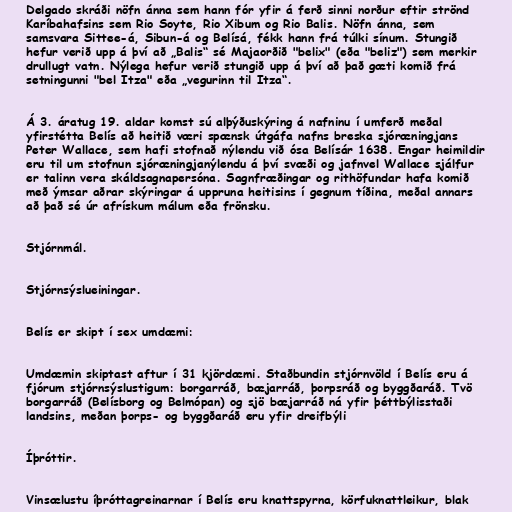
Delgado skráði nöfn ánna sem hann fór yfir á ferð sinni norður eftir strönd
Karíbahafsins sem Rio Soyte, Rio Xibum og Rio Balis. Nöfn ánna, sem
samsvara Sittee-á, Sibun-á og Belísá, fékk hann frá túlki sínum. Stungið
hefur verið upp á því að „Balis“ sé Majaorðið "belix" (eða "beliz") sem merkir
drullugt vatn. Nýlega hefur verið stungið upp á því að það gæti komið frá
setningunni "bel Itza" eða „vegurinn til Itza“.

Á 3. áratug 19. aldar komst sú alþýðuskýring á nafninu í umferð meðal
yfirstétta Belís að heitið væri spænsk útgáfa nafns breska sjóræningjans
Peter Wallace, sem hafi stofnað nýlendu við ósa Belísár 1638. Engar heimildir
eru til um stofnun sjóræningjanýlendu á því svæði og jafnvel Wallace sjálfur
er talinn vera skáldsagnapersóna. Sagnfræðingar og rithöfundar hafa komið
með ýmsar aðrar skýringar á uppruna heitisins í gegnum tíðina, meðal annars
að það sé úr afrískum málum eða frönsku.

Stjórnmál.

Stjórnsýslueiningar.

Belís er skipt í sex umdæmi:

Umdæmin skiptast aftur í 31 kjördæmi. Staðbundin stjórnvöld í Belís eru á
fjórum stjórnsýslustigum: borgarráð, bæjarráð, þorpsráð og byggðaráð. Tvö
borgarráð (Belísborg og Belmópan) og sjö bæjarráð ná yfir þéttbýlisstaði
landsins, meðan þorps- og byggðaráð eru yfir dreifbýli

Íþróttir.

Vinsælustu íþróttagreinarnar í Belís eru knattspyrna, körfuknattleikur, blak